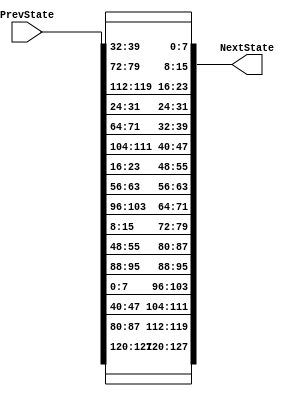
module ShiftRows
(
input [0:127] PrevState,
output[0:127] NextState
);
reg [0:127] NextStateReg;
assign NextState=NextStateReg;
integer i;
always@*
begin
NextStateReg[7-:8]=PrevState[7-:8];
NextStateReg[39-:8]=PrevState[39-:8];
NextStateReg[71-:8]=PrevState[71-:8];
NextStateReg[103-:8]=PrevState[103-:8];
for(i=1;i<4;i=i+1)
begin
case(shift(i,4))
2'd1:begin
NextStateReg[8*i+7-:8]=PrevState[8*(i+4)+7-:8];
NextStateReg[8*(i+4)+7-:8]=PrevState[8*(i+8)+7-:8];
NextStateReg[8*(i+8)+7-:8]=PrevState[8*(i+12)+7-:8];
NextStateReg[8*(i+12)+7-:8]=PrevState[8*i+7-:8];
end
2'd2:begin
NextStateReg[8*i+7-:8]=PrevState[8*(i+8)+7-:8];
NextStateReg[8*(i+4)+7-:8]=PrevState[8*(i+12)+7-:8];
NextStateReg[8*(i+8)+7-:8]=PrevState[8*i+7-:8];
NextStateReg[8*(i+12)+7-:8]=PrevState[8*(i+4)+7-:8];
end
2'd3:begin
NextStateReg[8*i+7-:8]=PrevState[8*(i+12)+7-:8];
NextStateReg[8*(i+4)+7-:8]=PrevState[8*i+7-:8];
NextStateReg[8*(i+8)+7-:8]=PrevState[8*(i+4)+7-:8];
NextStateReg[8*(i+12)+7-:8]=PrevState[8*(i+8)+7-:8];
end
endcase
end 
end

function [1:0] shift;
input [1:0] r,Nb;
 
case(r)
2'b01 : shift=2'b01;
2'b10 : shift=2'b10;
2'b11 : shift=2'b11;
default : shift=2'b00;
endcase
endfunction

endmodule